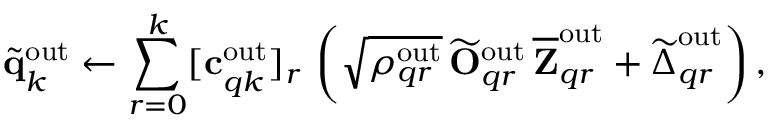
\widetilde { \mathbf { q } } _ { k } ^ { \mathrm { o u t } } \gets \sum _ { r = 0 } ^ { k } [ \mathbf { c } _ { q k } ^ { \mathrm { o u t } } ] _ { r } \, \left( \sqrt { \rho _ { q r } ^ { \mathrm { o u t } } } \, \widetilde { \mathbf { O } } _ { q r } ^ { \mathrm { o u t } } \, \overline { { \mathbf { Z } } } _ { q r } ^ { \mathrm { o u t } } + \widetilde { \boldsymbol { \Delta } } _ { q r } ^ { \mathrm { o u t } } \right) ,